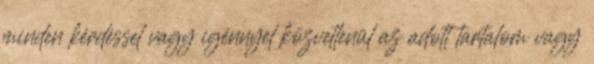
minden kérdéssel vagy igénnyel közvetlenül az adott tartalom vagy